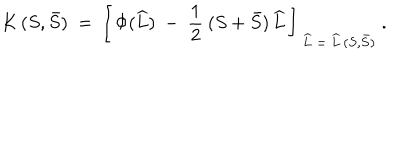
K \, ( S , \bar { S } ) \ = \ \left[ \, \Phi ( \widehat L ) \ - \ \frac { 1 } { 2 } \: ( S + \bar { S } ) \, \widehat L \, \right] _ { \ \widehat L \ = \ \widehat L \, ( S , \bar { S } ) } \ .